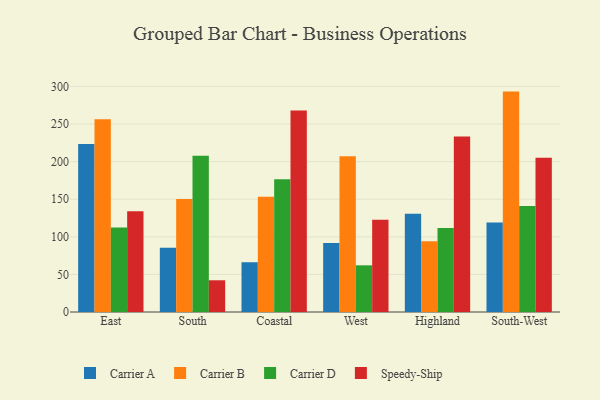
{"axis": {"x": "Region", "y": "Demand Index"}, "legend": ["Carrier A", "Carrier B", "Carrier D", "Speedy-Ship"], "data": [{"x": "East", "y": 223.5, "type": "Carrier A"}, {"x": "East", "y": 256.5, "type": "Carrier B"}, {"x": "East", "y": 112.4, "type": "Carrier D"}, {"x": "East", "y": 134.1, "type": "Speedy-Ship"}, {"x": "South", "y": 85.6, "type": "Carrier A"}, {"x": "South", "y": 150.4, "type": "Carrier B"}, {"x": "South", "y": 207.9, "type": "Carrier D"}, {"x": "South", "y": 42.2, "type": "Speedy-Ship"}, {"x": "Coastal", "y": 66.2, "type": "Carrier A"}, {"x": "Coastal", "y": 153.2, "type": "Carrier B"}, {"x": "Coastal", "y": 176.6, "type": "Carrier D"}, {"x": "Coastal", "y": 268.1, "type": "Speedy-Ship"}, {"x": "West", "y": 91.7, "type": "Carrier A"}, {"x": "West", "y": 207.1, "type": "Carrier B"}, {"x": "West", "y": 62.1, "type": "Carrier D"}, {"x": "West", "y": 122.8, "type": "Speedy-Ship"}, {"x": "Highland", "y": 130.6, "type": "Carrier A"}, {"x": "Highland", "y": 94.0, "type": "Carrier B"}, {"x": "Highland", "y": 111.7, "type": "Carrier D"}, {"x": "Highland", "y": 233.6, "type": "Speedy-Ship"}, {"x": "South-West", "y": 119.0, "type": "Carrier A"}, {"x": "South-West", "y": 293.2, "type": "Carrier B"}, {"x": "South-West", "y": 141.0, "type": "Carrier D"}, {"x": "South-West", "y": 205.2, "type": "Speedy-Ship"}]}